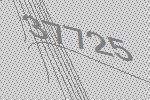
37725